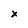
Character: x